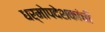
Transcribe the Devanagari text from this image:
धर्मोपदेशकांची